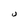
Character: U